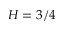
H = 3 / 4